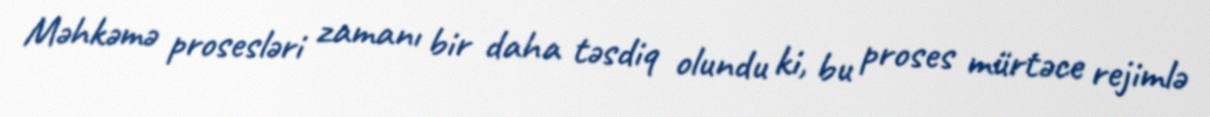
Məhkəmə prosesləri zamanı bir daha təsdiq olundu ki, bu proses mürtəce rejimlə